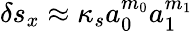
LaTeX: \delta s_{x}\approx\kappa_{s}a_{0}^{m_{0}}a_{1}^{m_{1}}